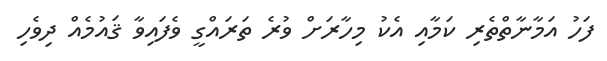
ފަހު އަމާނާތްތެރި ކަމާއި އެކު މިހާރަށް ވުރެ ތަރައްގީ ވެފައިވާ ޤައުމެއް ދިވެހި